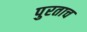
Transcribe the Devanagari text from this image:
पुरताच